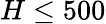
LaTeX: H\leq 500